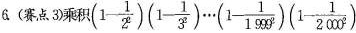
6. (赛点3) 乘积 $$( 1 - \frac { 1 } { 2 ^ { 2} } ) (